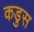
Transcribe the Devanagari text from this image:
कडुस